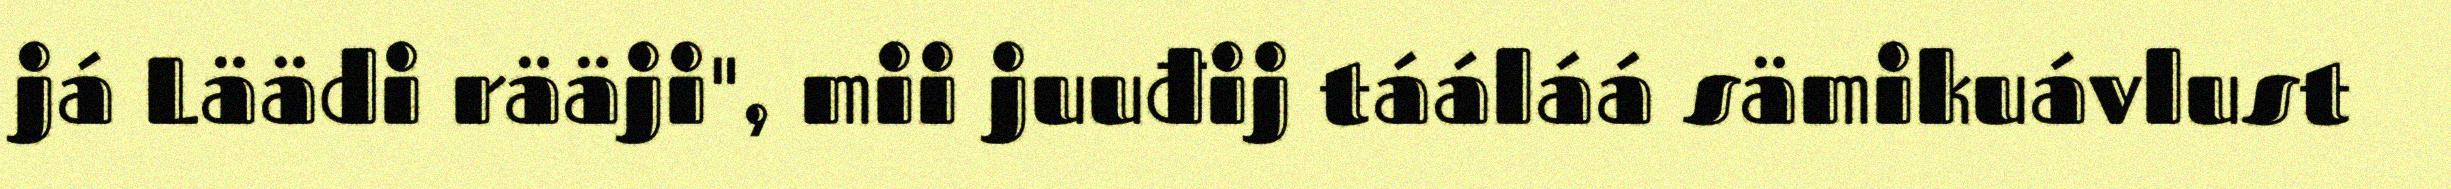
já Läädi rääji", mii juuđij tááláá sämikuávlust